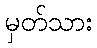
မှတ်သား